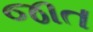
જાત